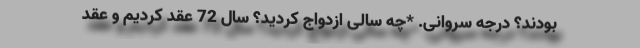
بودند؟ درجه سروانی. *چه سالی ازدواج کردید؟ سال 72 عقد کردیم و عقد